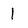
Character: 1